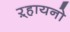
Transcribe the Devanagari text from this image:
ऱ्हायनो